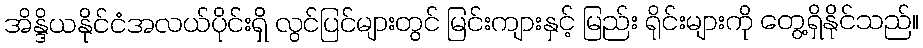
အိန္ဒိယနိုင်ငံအလယ်ပိုင်းရှိ လွင်ပြင်များတွင် မြင်းကျားနှင့် မြည်း ရိုင်းများကို တွေ့ရှိနိုင်သည်။